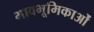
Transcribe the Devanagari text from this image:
भावभूमिकाओं